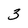
Character: 3